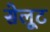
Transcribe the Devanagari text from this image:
सेलूट